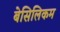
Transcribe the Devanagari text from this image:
बेसिलिकम